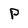
Character: p